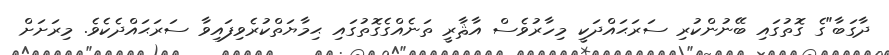
ދާގަބާ"ގެ ގޮތުގައި ބޭނުންކުރި ސަރަޙައްދަކީ މިހާރުވެސް އާޘާރީ ތަނެއްގެގޮތުގައި ޙިމާޔަތްކުރެވިފައިވާ ސަރަޙައްދެކެވެ. މިރަށަށް